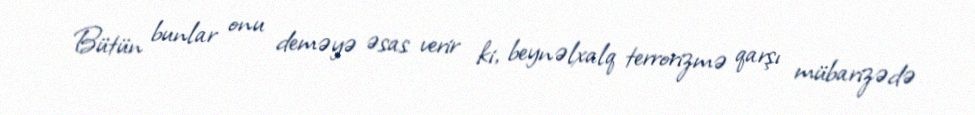
Bütün bunlar onu deməyə əsas verir ki, beynəlxalq terrorizmə qarşı mübarizədə